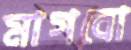
মাগবো